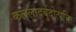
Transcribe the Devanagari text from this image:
कललादर्बुदोत्पत्तिः